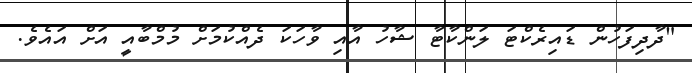
"ދާދިފަހުން ޑައިރެކްޓަ ލަންކާޓާ ޝާހު އާއި ވާހަކަ ދެއްކުމަށް މުމްބާއީ އަށް އައެވެ.